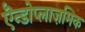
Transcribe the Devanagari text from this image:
एॆन्डोप्लाज़मिक